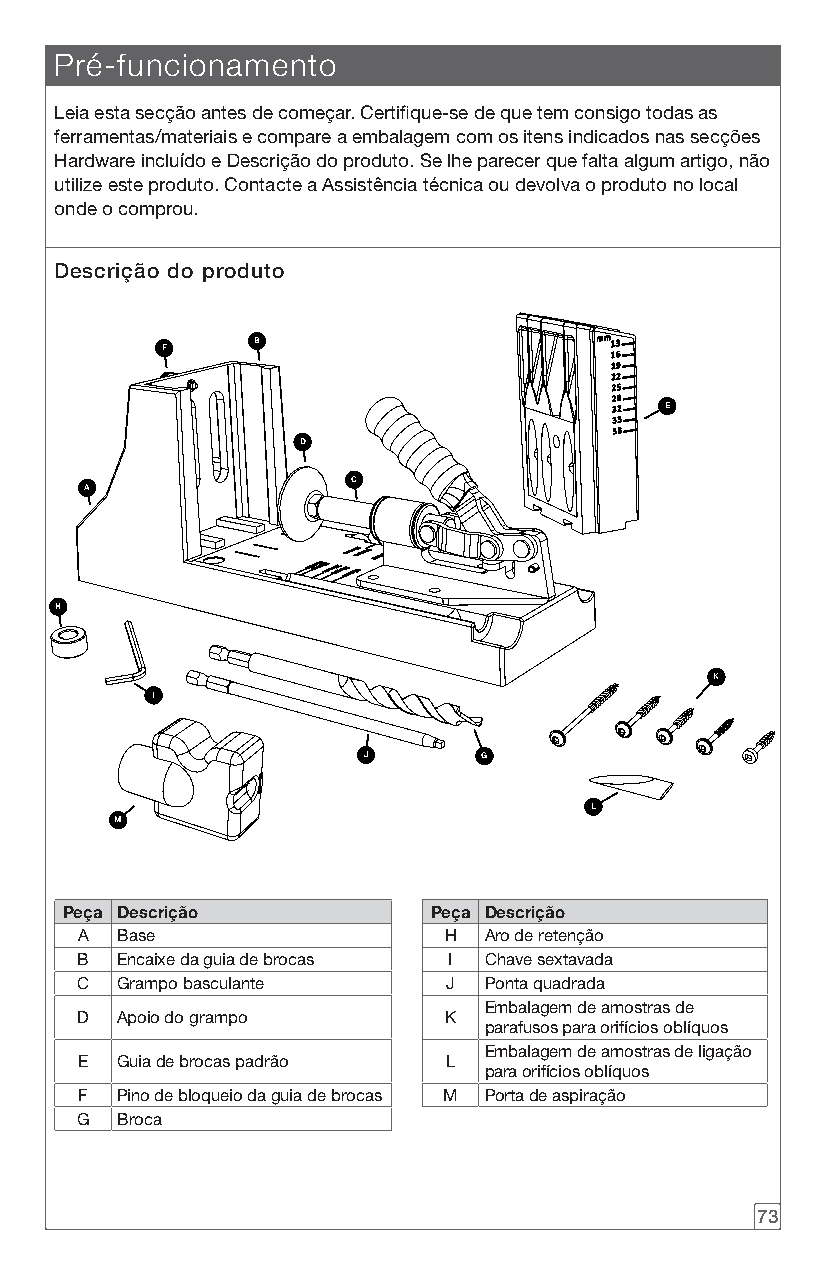
Pré-funcionamento
 Leia esta secção antes de começar. Certifique-se de que tem consigo todas as
 ferramentas/materiais e compare a embalagem com os itens indicados nas secções
 Hardware incluído e Descrição do produto. Se lhe parecer que falta algum artigo, não
 utilize este produto. Contacte a Assistência técnica ou devolva o produto no local
 onde o comprou.
 Descrição do produto
 B
 F
 E
 D
 C
 A
 H
 K
 I
 J       G
 L
 M
 Peça Descrição          Peça Descrição
 A  Base                 H  Aro de retenção
 B  Encaixe da guia de brocas I Chave sextavada
 C  Grampo basculante     J Ponta quadrada
 Embalagem de amostras de
 D  Apoio do grampo      K
 parafusos para orifícios oblíquos
 Embalagem de amostras de ligação
 E  Guia de brocas padrão L
 para orifícios oblíquos
 F  Pino de bloqueio da guia de brocas M Porta de aspiração
 G  Broca
 73